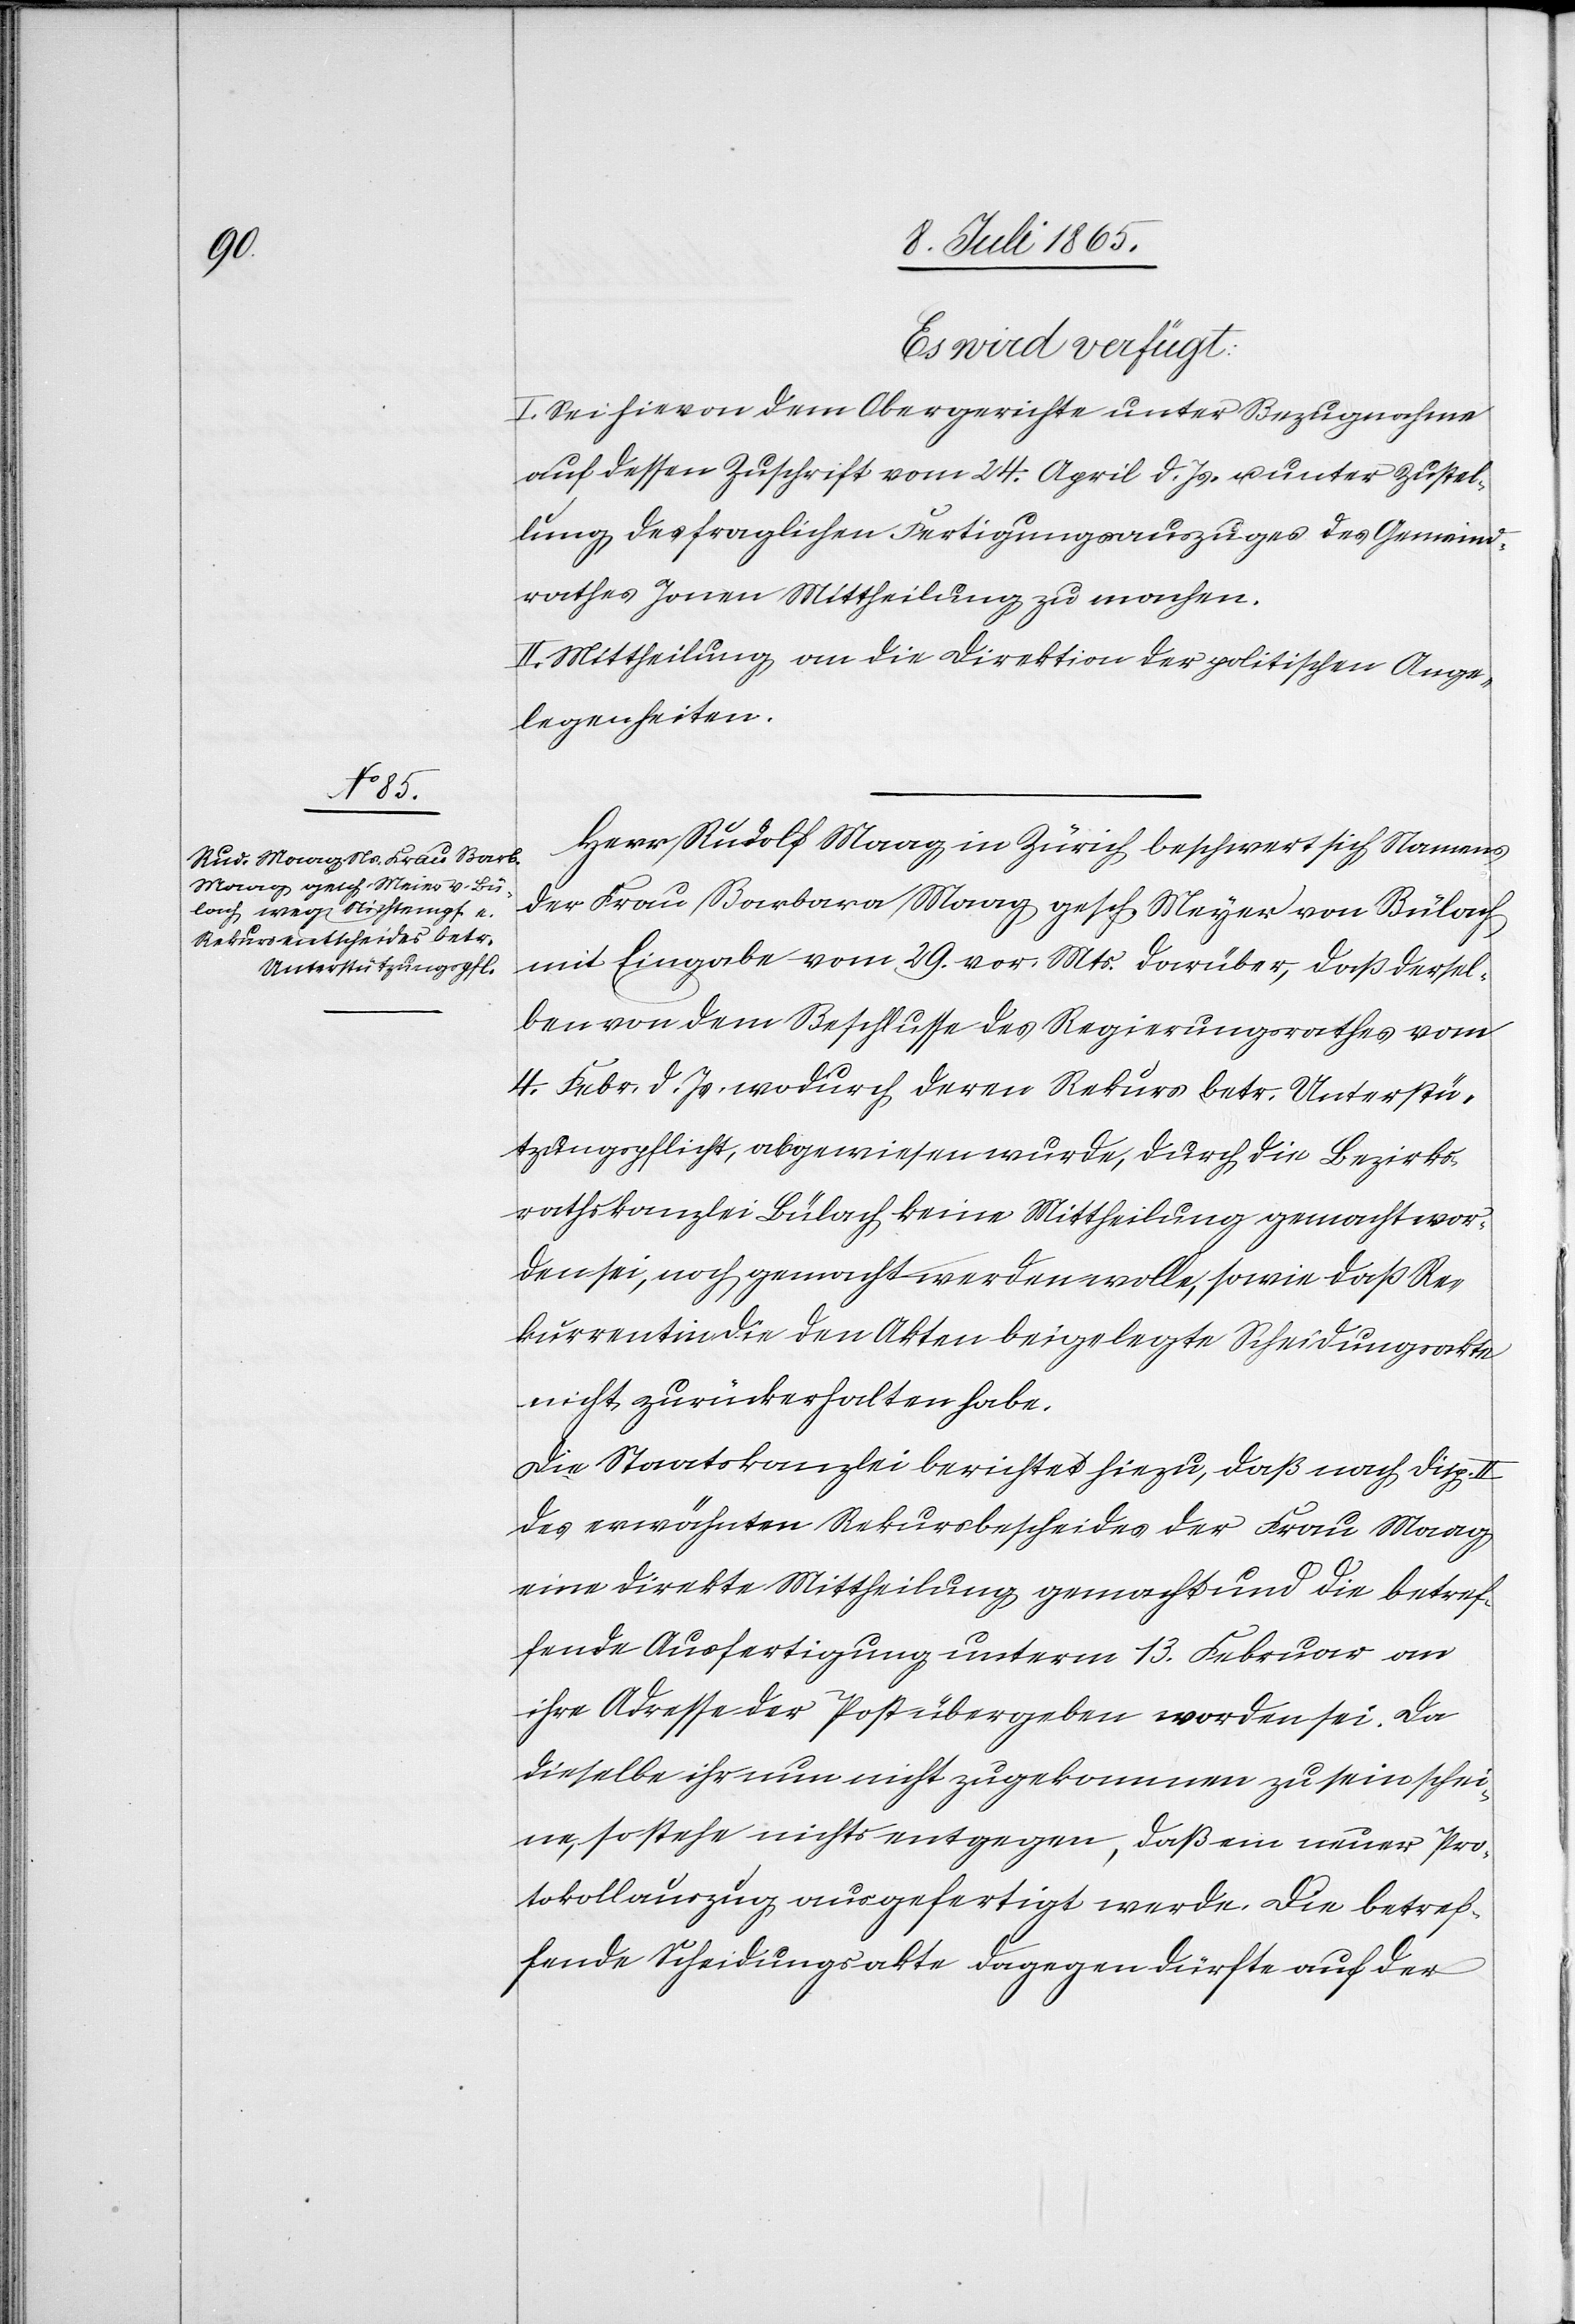
10. Juli 1865.]
Es wird verfügt:
I. Sei hievon dem Obergerichte unter Bezugnahme
auf dessen Zuschrift vom 24. April d. Js. unter Zustel¬
lung des fraglichen Fertigungsauszuges des Gemeind¬
rathes Jonen Mittheilung zu machen.
II. Mittheilung an die Direktion der politischen Ange¬
legenheiten.
Herr Rudolf Maag in Zürich beschwert sich Namens
der Frau Barbara Maag gesch. Meyer [sic!] von Bülach
mit Eingabe vom 29. vor. Mts. darüber, daß dersel¬
ben von dem Beschlusse des Regierungsrathes vom
4 .Febr. d. Js. wodurch deren Rekurs betr. Unterstü¬
tzungspflicht, abgewiesen wurde, durch die Bezirks¬
rathskanzlei Bülach keine Mittheilung gemacht wor¬
den sei, noch gemacht werden wolle, sowie daß Re¬
kurrentin die den Akten beigelegte Scheidungsakte
nicht zurückerhalten habe.
Die Staatskanzlei berichtet hiezu, das nach Disp. II
des erwähnten Rekursbescheides der Frau Maag
eine direkte Mittheilung gemacht und die betref¬
fende Ausfertigung unterm 13. Februar an
ihre Adresse der Post übergeben worden sei. Da
dieselbe ihr nun nicht zugekommen zu sein schei¬
ne, so stehe nichts entgegen, daß ein neuer Pro¬
tokollauszug ausgefertigt werde. Die betref¬
fende Scheidungsakte dagegen dürfte auf der